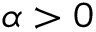
\alpha > 0